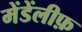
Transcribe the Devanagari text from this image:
मेंडेंलीफ़